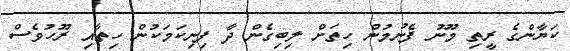
ކަޔާންގެ ރީތި މޫނު ފެނުމުން ހިތަށް ލިބިގެން ދާ ފިނިކަމަކުން ހިތާއި ރޫހުވެސް